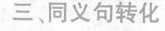
三 同义句转化